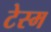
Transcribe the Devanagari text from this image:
टेस्म